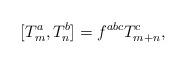
LaTeX: \begin{align*}[T^a_m, T^b_n] = f^{abc} T^c_{m+n}, \end{align*}